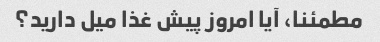
مطمئنا، آیا امروز پیش غذا میل دارید؟